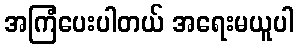
အကြံပေးပါတယ် အရေးမယူပါ